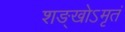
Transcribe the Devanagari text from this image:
शङ्खोऽमृतं